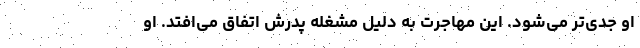
او جدی‌تر می‌شود. این مهاجرت به دلیل مشغله پدرش اتفاق می‌افتد. او